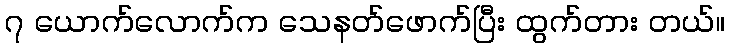
၇ ယောက်လောက်က သေနတ်ဖောက်ပြီး ထွက်တား တယ်။